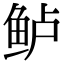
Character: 鲈